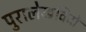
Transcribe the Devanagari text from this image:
पुरालेखविदों